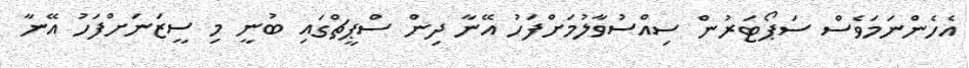
އެހެންނަމަވެސް ސަޕޯޓަރުން ސިއްސުވާލުމަށްފަހު އޭނާ ދިން ސްޕީޗްގައި ބުނީ މި ސީޒަނަށްފަހު އޭނާ